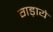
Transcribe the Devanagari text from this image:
गड़ाये